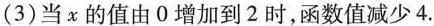
(3)当x的值由0增加到2时，函数值减少4.